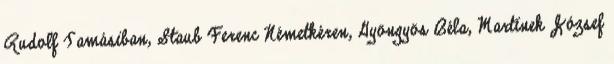
Rudolf Tamásiban, Staub Ferenc Németkéren, Gyöngyös Béla, Martinek József